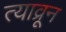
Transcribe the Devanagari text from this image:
त्याव्रून